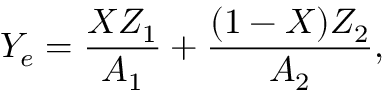
Y _ { e } = { \frac { X Z _ { 1 } } { A _ { 1 } } } + { \frac { ( 1 - X ) Z _ { 2 } } { A _ { 2 } } } ,